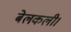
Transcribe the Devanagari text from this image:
बेलकली।